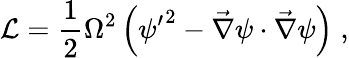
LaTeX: {\cal L}=\frac 12\Omega^{2}\left({\psi^{\prime}}^{2}-{\vec{\nabla}}\psi\cdot{\vec{\nabla}}\psi\right)\; ,